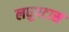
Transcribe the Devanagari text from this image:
लघुपटास